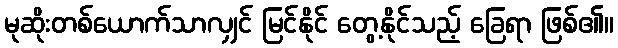
မုဆိုးတစ်ယောက်သာလျှင် မြင်နိုင် တွေ့နိုင်သည့် ခြေရာ ဖြစ်၏။